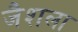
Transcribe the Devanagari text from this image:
जैशला